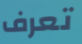
تعرف